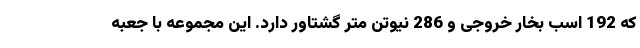
که 192 اسب بخار خروجی و 286 نیوتن متر گشتاور دارد. این مجموعه با جعبه